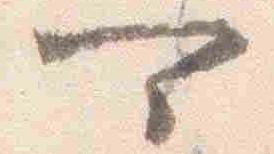
可